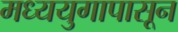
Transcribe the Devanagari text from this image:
मध्ययुगापासून